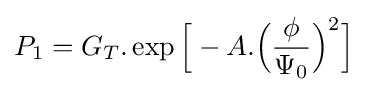
P_{1}=G_{T}.\exp {\Bigr [}-A.{\Big (}{\frac {\phi }{\Psi _{0}}}{\Big )}^{2}{\Bigr ]}